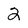
Character: 2